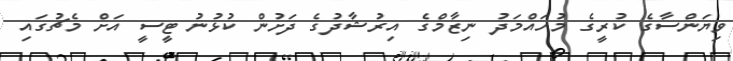
ވިޔަންސާގެ ކުރީގެ މުހައްމަދު ނިޒާމްގެ އިރުޝާދުގެ ދަށުން ކުޅުނު ޓީސީ އަށް މެޗުގައި